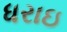
ધરાઇ